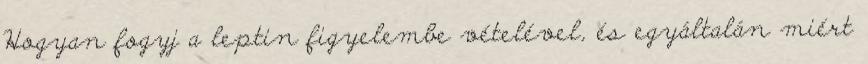
Hogyan fogyj a leptin figyelembe vételével, és egyáltalán miért